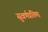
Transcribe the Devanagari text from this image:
सुवर्णप्रतिमा